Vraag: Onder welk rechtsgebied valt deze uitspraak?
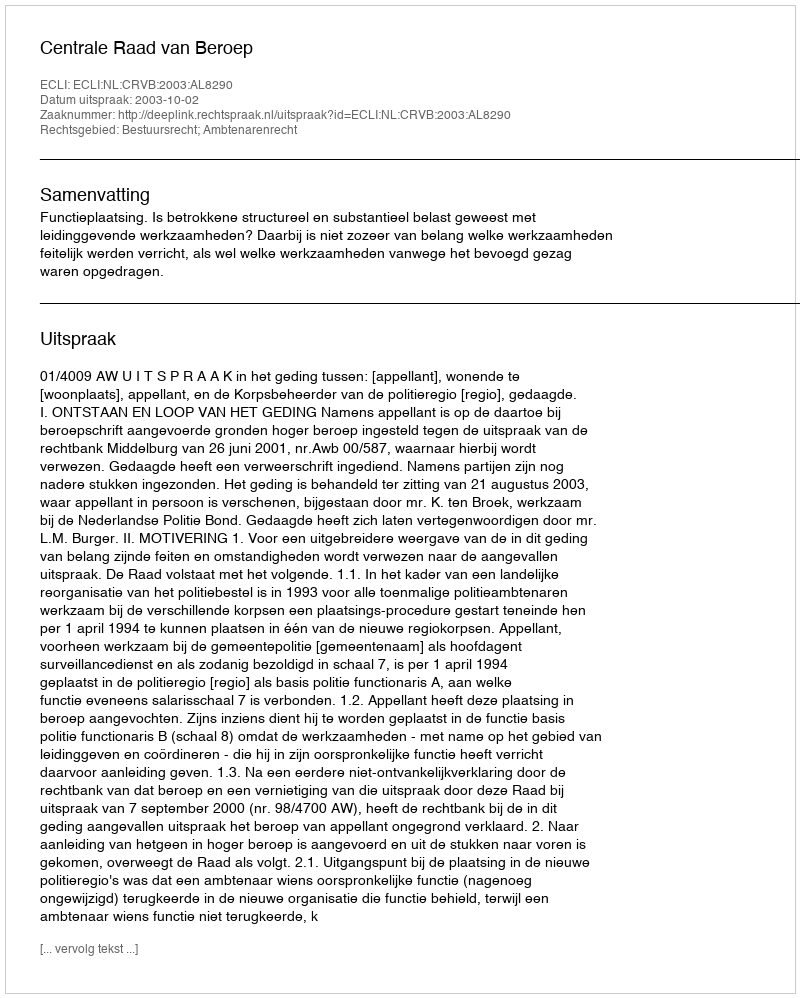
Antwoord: Bestuursrecht; Ambtenarenrecht